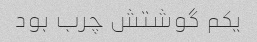
یکم گوشتش چرب بود